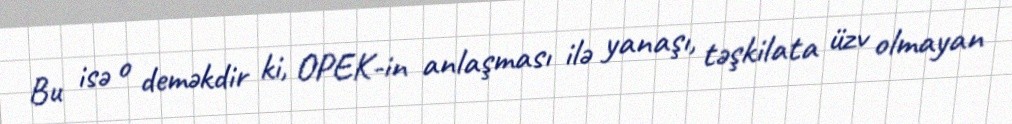
Bu isə o deməkdir ki, OPEK-in anlaşması ilə yanaşı, təşkilata üzv olmayan